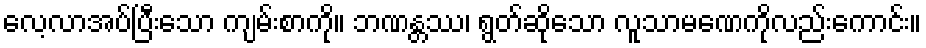
လေ့လာအပ်ပြီးသော ကျမ်းစာကို။ ဘဏန္တဿ၊ ရွတ်ဆိုသော လူသာမဏေကိုလည်းကောင်း။